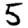
Digit: 5